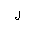
Letter: _lam